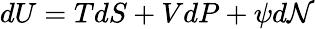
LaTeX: dU=TdS+VdP+\psi d{\cal N}